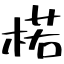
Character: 楉